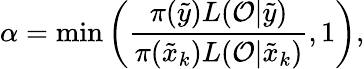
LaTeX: \alpha=\operatorname*{min}\left(\frac{\pi(\tilde{y})L(\mathcal{O}|\tilde{y})}{\pi(\tilde{x}_{k})L(\mathcal{O}|\tilde{x}_{k})},1\right),